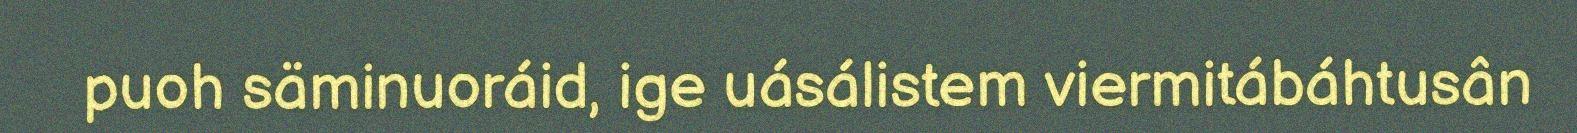
puoh säminuoráid, ige uásálistem viermitábáhtusân